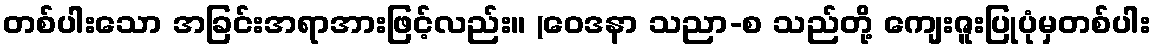
တစ်ပါးသော အခြင်းအရာအားဖြင့်လည်း။ (ဝေဒနာ သညာ-စ သည်တို့ ကျေးဇူးပြုပုံမှတစ်ပါး